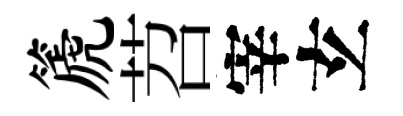
篪苕宰𤣥